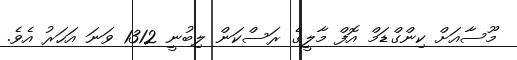
މޫސާއަށް ކިންގްޑަމް އޮފް މާލީގެ ރަސްކަން ލިބުނީ 1312 ވަނަ އަހަރު އެވެ.